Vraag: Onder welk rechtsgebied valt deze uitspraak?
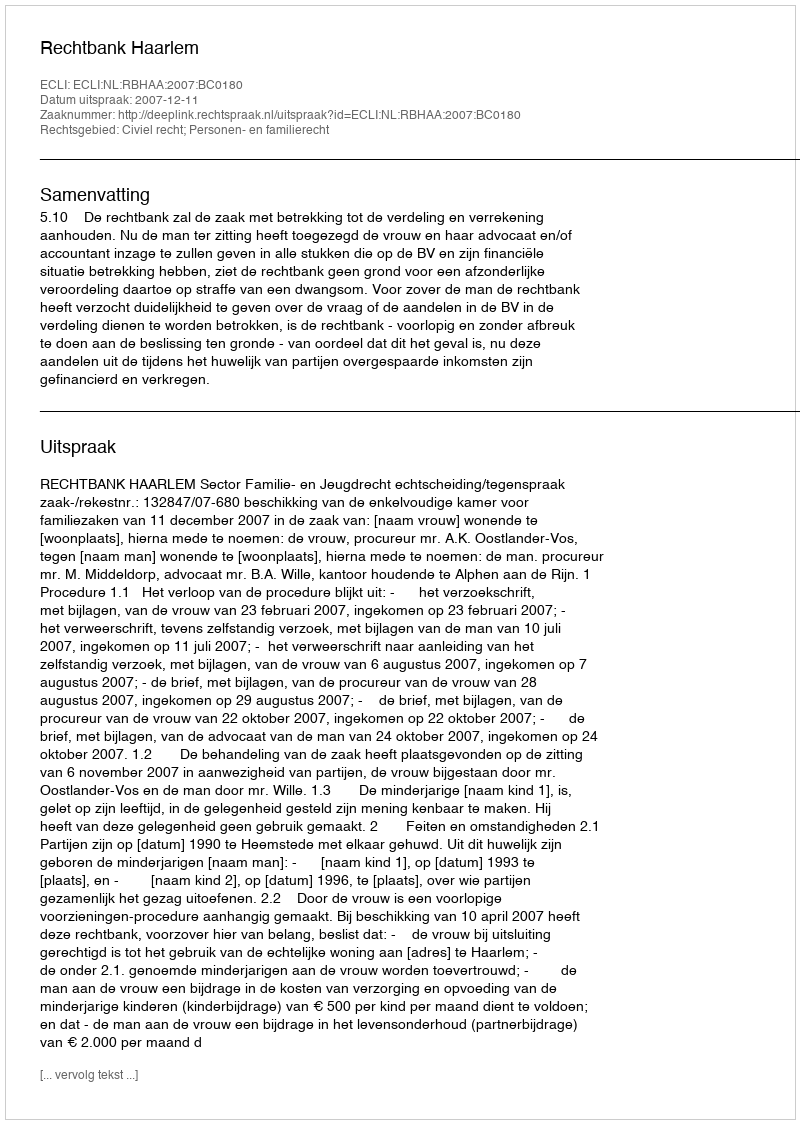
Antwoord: Civiel recht; Personen- en familierecht